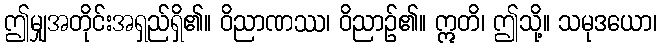
ဤမျှအတိုင်းအရှည်ရှိ၏။ ဝိညာဏဿ၊ ဝိညာဉ်၏။ ဣတိ၊ ဤသို့။ သမုဒယော၊